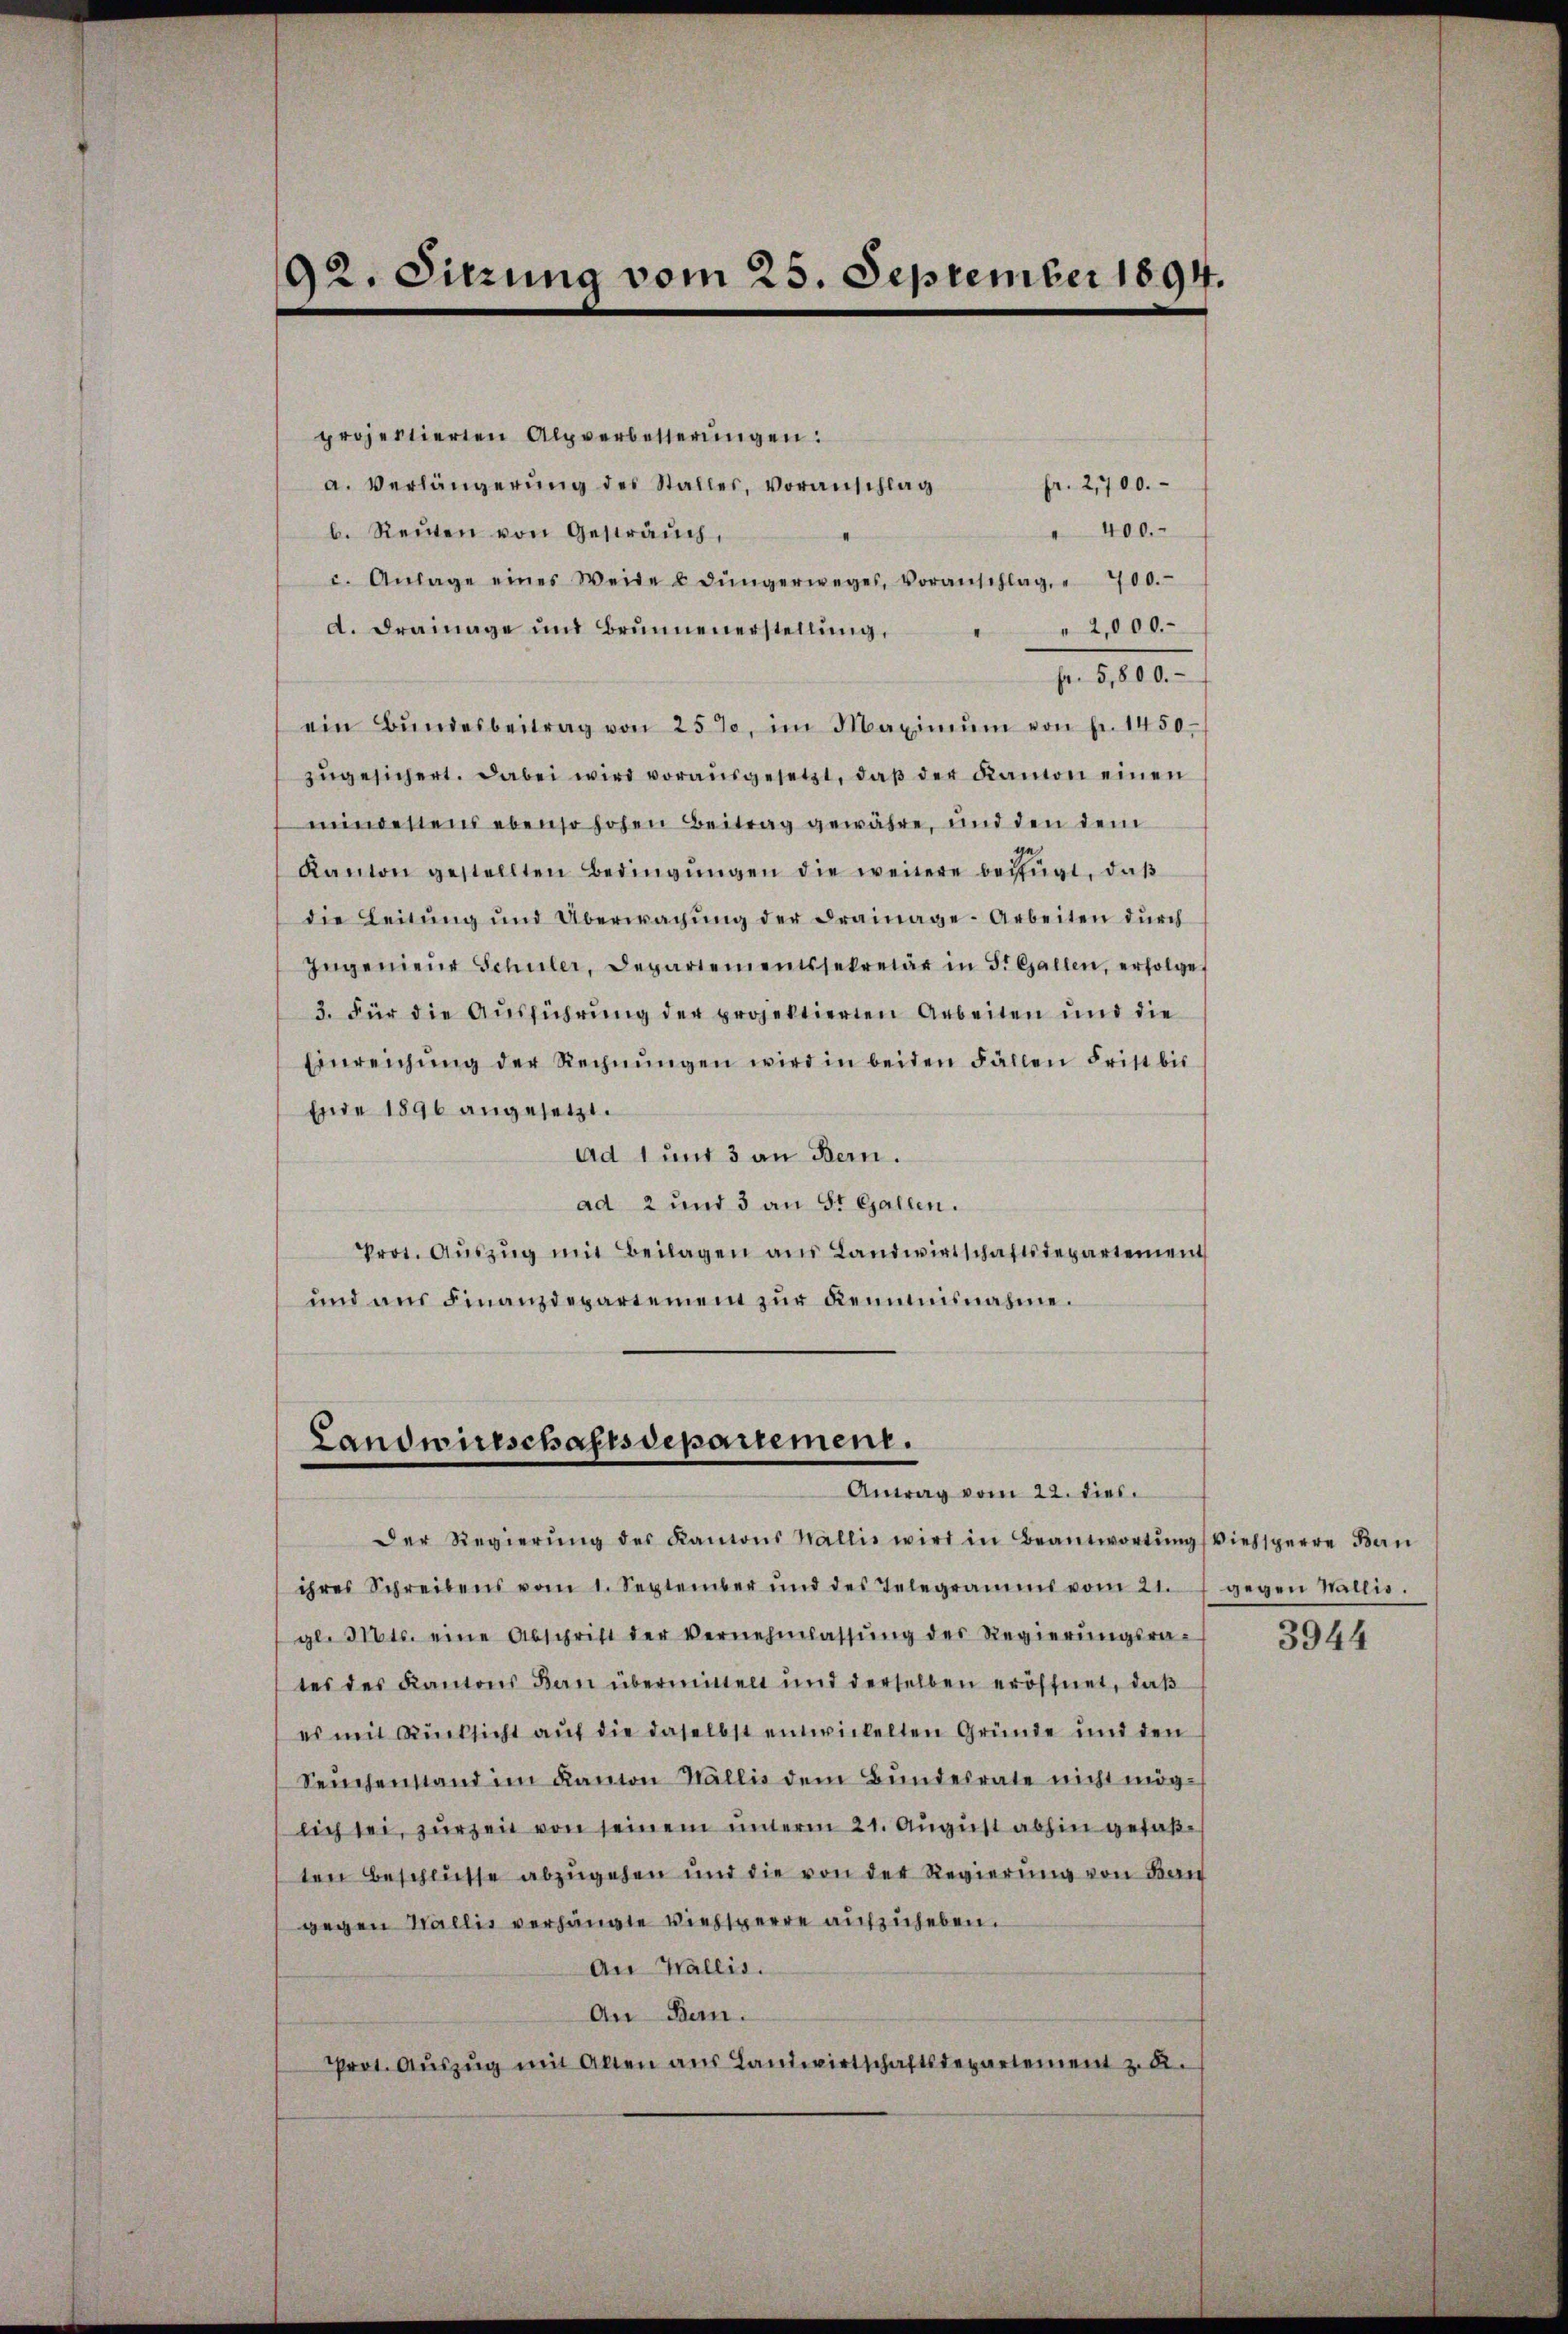
92. Sitzung vom 25. September 1894.

projectierten Alpverbetterŭngen:
a. Verlängerŭng des Stalles, Voranschlag
fr. 2,700.
" 400.
b. Reŭten von Gesträuch,
c. Anlage eines Weide u Jüngerweges, Voranschlag, " 700.
2,000.
d. Drainage und Brunnenerstellŭng,
fr. 5,800.
ein Bŭndesbeitrag von 25%, im Maximŭm von fr. 1450.
zugesichert. Dabei wird vorausgesetzt, daß der Namon einen
mindestem ebenso hohen Beitrag gewähre, und den dem
Kanton gestellten Bedingŭngen die weitere beifügt, daβ
die Leitŭng ŭnd Überwachŭng der drainage-Arbeiten dŭrch
Ingenieŭr Schüler, Departementssekretär in 5. Gallen, erfolge
3. Für die Aŭsführŭng der projektierten Arbeiten und die
Einreichŭng der Rechnŭngen wird in beiden Fällen Frist bis
Ende 1890 angesetzt.
Ad 1 und 3 an Bern.
ad 2 und 3 an St. Gallen.
Prot. Aŭszŭg mit Beilagen ans Landwirtschaftsdepartement
und aŭs Finanzdepartement zŭr Kemnisnahme.

Landwirtschaftsdepartement.
Antrag vom 22. dies

Der Regierŭng des Kantons Wallis wird in Beantwortŭng (viehsperre Ban
ihres Schreibens vom 1. September und des Telegramme vom 21. gegen Wallis.
gl. Mts. eine Abschrift der Vernehmlassŭng des Regierŭngsra-
tes des Kantons Ban übermittelt und derselben eröffnet, daβ
es mit Rücksicht auf die daselbst entwickelten Gründe und den
Seuchenstand im Kanton Wallis dem Bundesrate nicht möglich sei, zur Zeit von seinem unterm 21. August abhin gefaßten Beschlüsse abzugehen und die von der Regierung von Bau
gegen Wallis verhängte Viehsperre aufzuheben.
An Wallis.
An Bern.
Prot. Aŭszŭg mit Alten aŭs Landwirtschaftsdepartement z. B.

3944